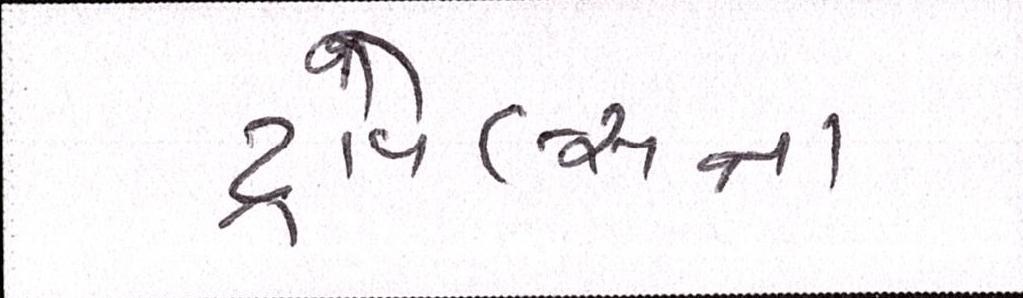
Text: ટ્રાવેલ્સના